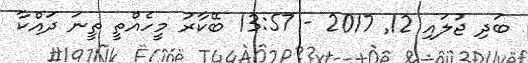
ބަދި ޖުލައި 12